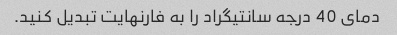
دمای 40 درجه سانتیگراد را به فارنهایت تبدیل کنید.